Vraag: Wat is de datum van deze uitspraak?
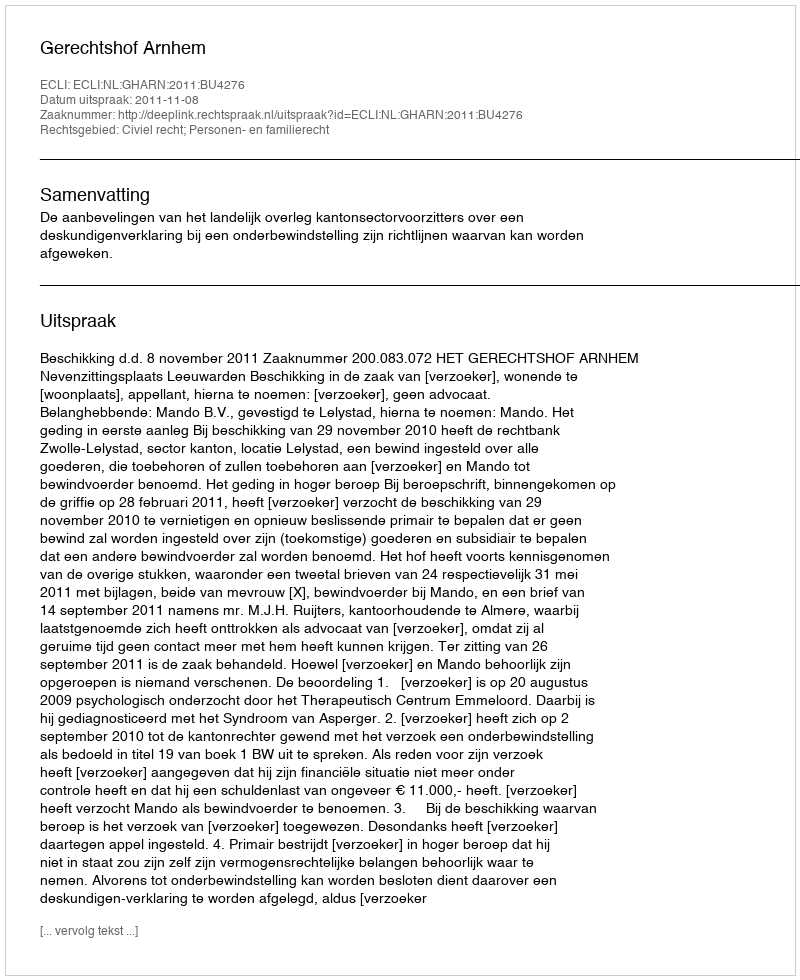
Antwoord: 2011-11-08